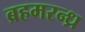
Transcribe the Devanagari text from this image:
ब्रहमरन्ध्र